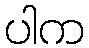
ပါက